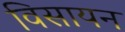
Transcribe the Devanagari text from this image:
विसायन